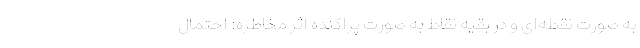
به صورت نقطه‌ای و در بقیه نقاط به صورت پراکنده اثر مخاطره: احتمال